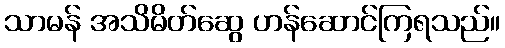
သာမန် အသိမိတ်ဆွေ ဟန်ဆောင်ကြရသည်။